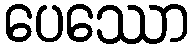
ပေဿော